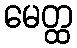
မေတ္ထ